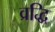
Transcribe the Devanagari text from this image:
व्रद्धि